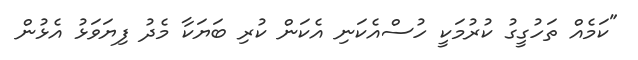
"ކަމެއް ތަހުގީގު ކުރުމަކީ ހުސްއެކަނި އެކަން ކުރި ބަޔަކާ މެދު ފިޔަވަޅު އެޅުން